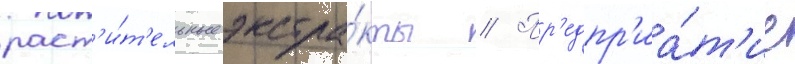
раст'и́т'ельные экстра́кты // Пр'едпр'иа́т'ие